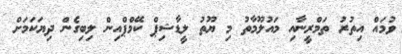
ވުމައް އިތުރު ތަމްރީނާއި މައުލޫމާތު މި ޔޫތު ލީޑާޝިޕް ކޭމްޕްއިން ލިބިގެން ދިޔަކަމަށް